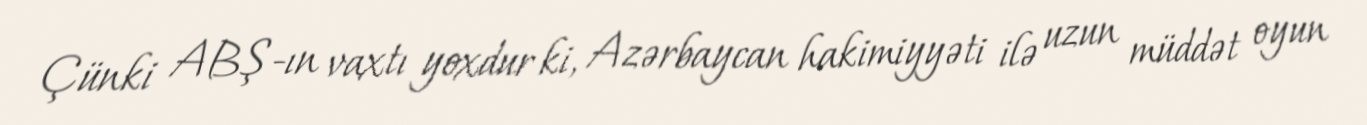
Çünki ABŞ-ın vaxtı yoxdur ki, Azərbaycan hakimiyyəti ilə uzun müddət oyun